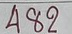
482